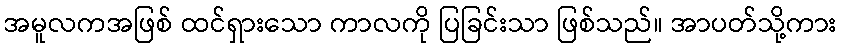
အမူလကအဖြစ် ထင်ရှားသော ကာလကို ပြခြင်းသာ ဖြစ်သည်။ အာပတ်သို့ကား